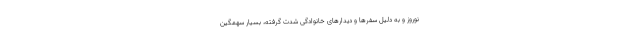
نوروز و به دلیل سفرها و دیدارهای خانوادگی شدت گرفته، بسیار سهمگین